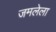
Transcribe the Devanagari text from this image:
जमलेला